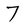
Character: 7